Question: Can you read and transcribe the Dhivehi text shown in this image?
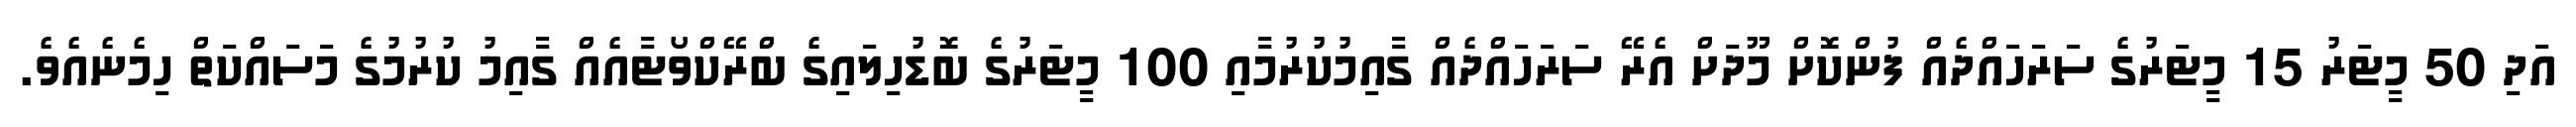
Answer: އަދި 50 މީޓަރު 15 މީޓަރުގެ ސަރަހައްދެއް ފުންކޮށް މޫދަށް އެރޭ ސަރަހައްދެއް ގާއިމުކުރުމާއި 100 މީޓަރުގެ ބޮޑުހިލައިގެ ބްރޭކްވޯޓާއެއް ގާއިމު ކުރުމުގެ މަސައްކަތް ހިމެނެއެވެ.